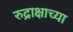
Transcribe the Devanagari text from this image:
रुद्राक्षाच्या